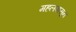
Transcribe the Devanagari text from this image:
महलपासून